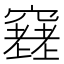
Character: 𥨮